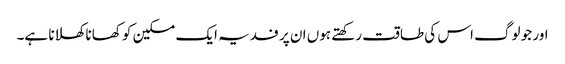
اور جو لوگ اس کی طاقت رکھتے ہوں ان پر فدیہ ایک مسکین کو کھانا کھلانا ہے۔